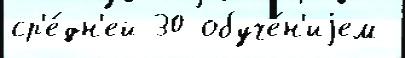
ср'е́дн'ей 30 обуче́н'иjем